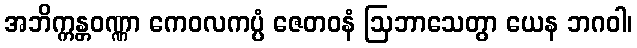
အဘိက္ကန္တဝဏ္ဏာ ကေဝလကပ္ပံ ဇေတဝနံ ဩဘာသေတွာ ယေန ဘဂဝါ၊